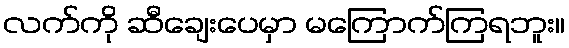
လက်ကို ဆီချေးပေမှာ မကြောက်ကြရဘူး။